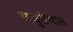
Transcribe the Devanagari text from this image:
लघुग्रंथात